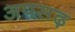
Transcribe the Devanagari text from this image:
अपसढ़